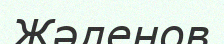
Жәленов